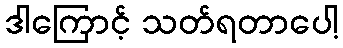
ဒါကြောင့် သတ်ရတာပေါ့